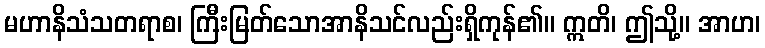
မဟာနိသံသတရာစ၊ ကြီးမြတ်သောအာနိသင်လည်းရှိကုန်၏။ ဣတိ၊ ဤသို့။ အာဟ၊